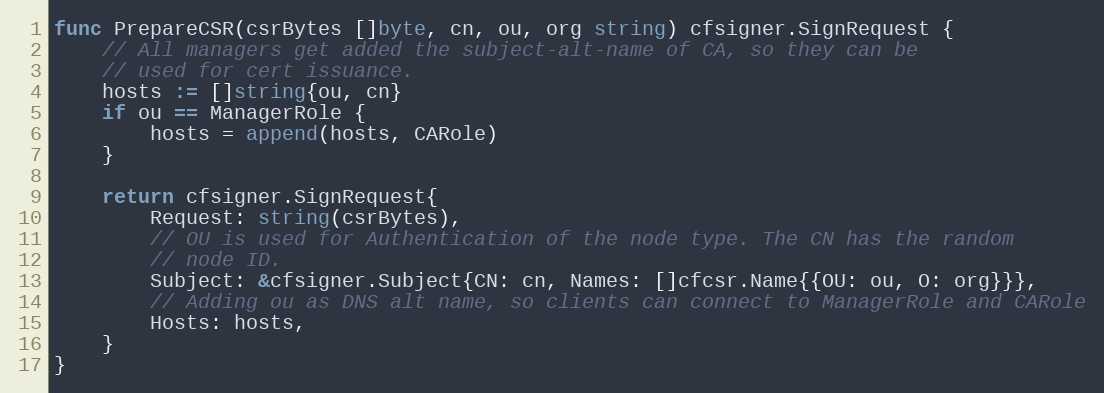
Language: Go
func PrepareCSR(csrBytes []byte, cn, ou, org string) cfsigner.SignRequest {
	// All managers get added the subject-alt-name of CA, so they can be
	// used for cert issuance.
	hosts := []string{ou, cn}
	if ou == ManagerRole {
		hosts = append(hosts, CARole)
	}

	return cfsigner.SignRequest{
		Request: string(csrBytes),
		// OU is used for Authentication of the node type. The CN has the random
		// node ID.
		Subject: &cfsigner.Subject{CN: cn, Names: []cfcsr.Name{{OU: ou, O: org}}},
		// Adding ou as DNS alt name, so clients can connect to ManagerRole and CARole
		Hosts: hosts,
	}
}